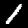
Digit: 1